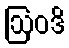
ဩဝဒိ